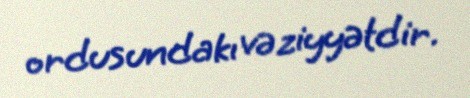
ordusundakı vəziyyətdir.